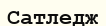
Сатледж